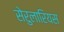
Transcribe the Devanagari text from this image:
सेरुलारियस